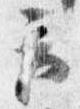
云